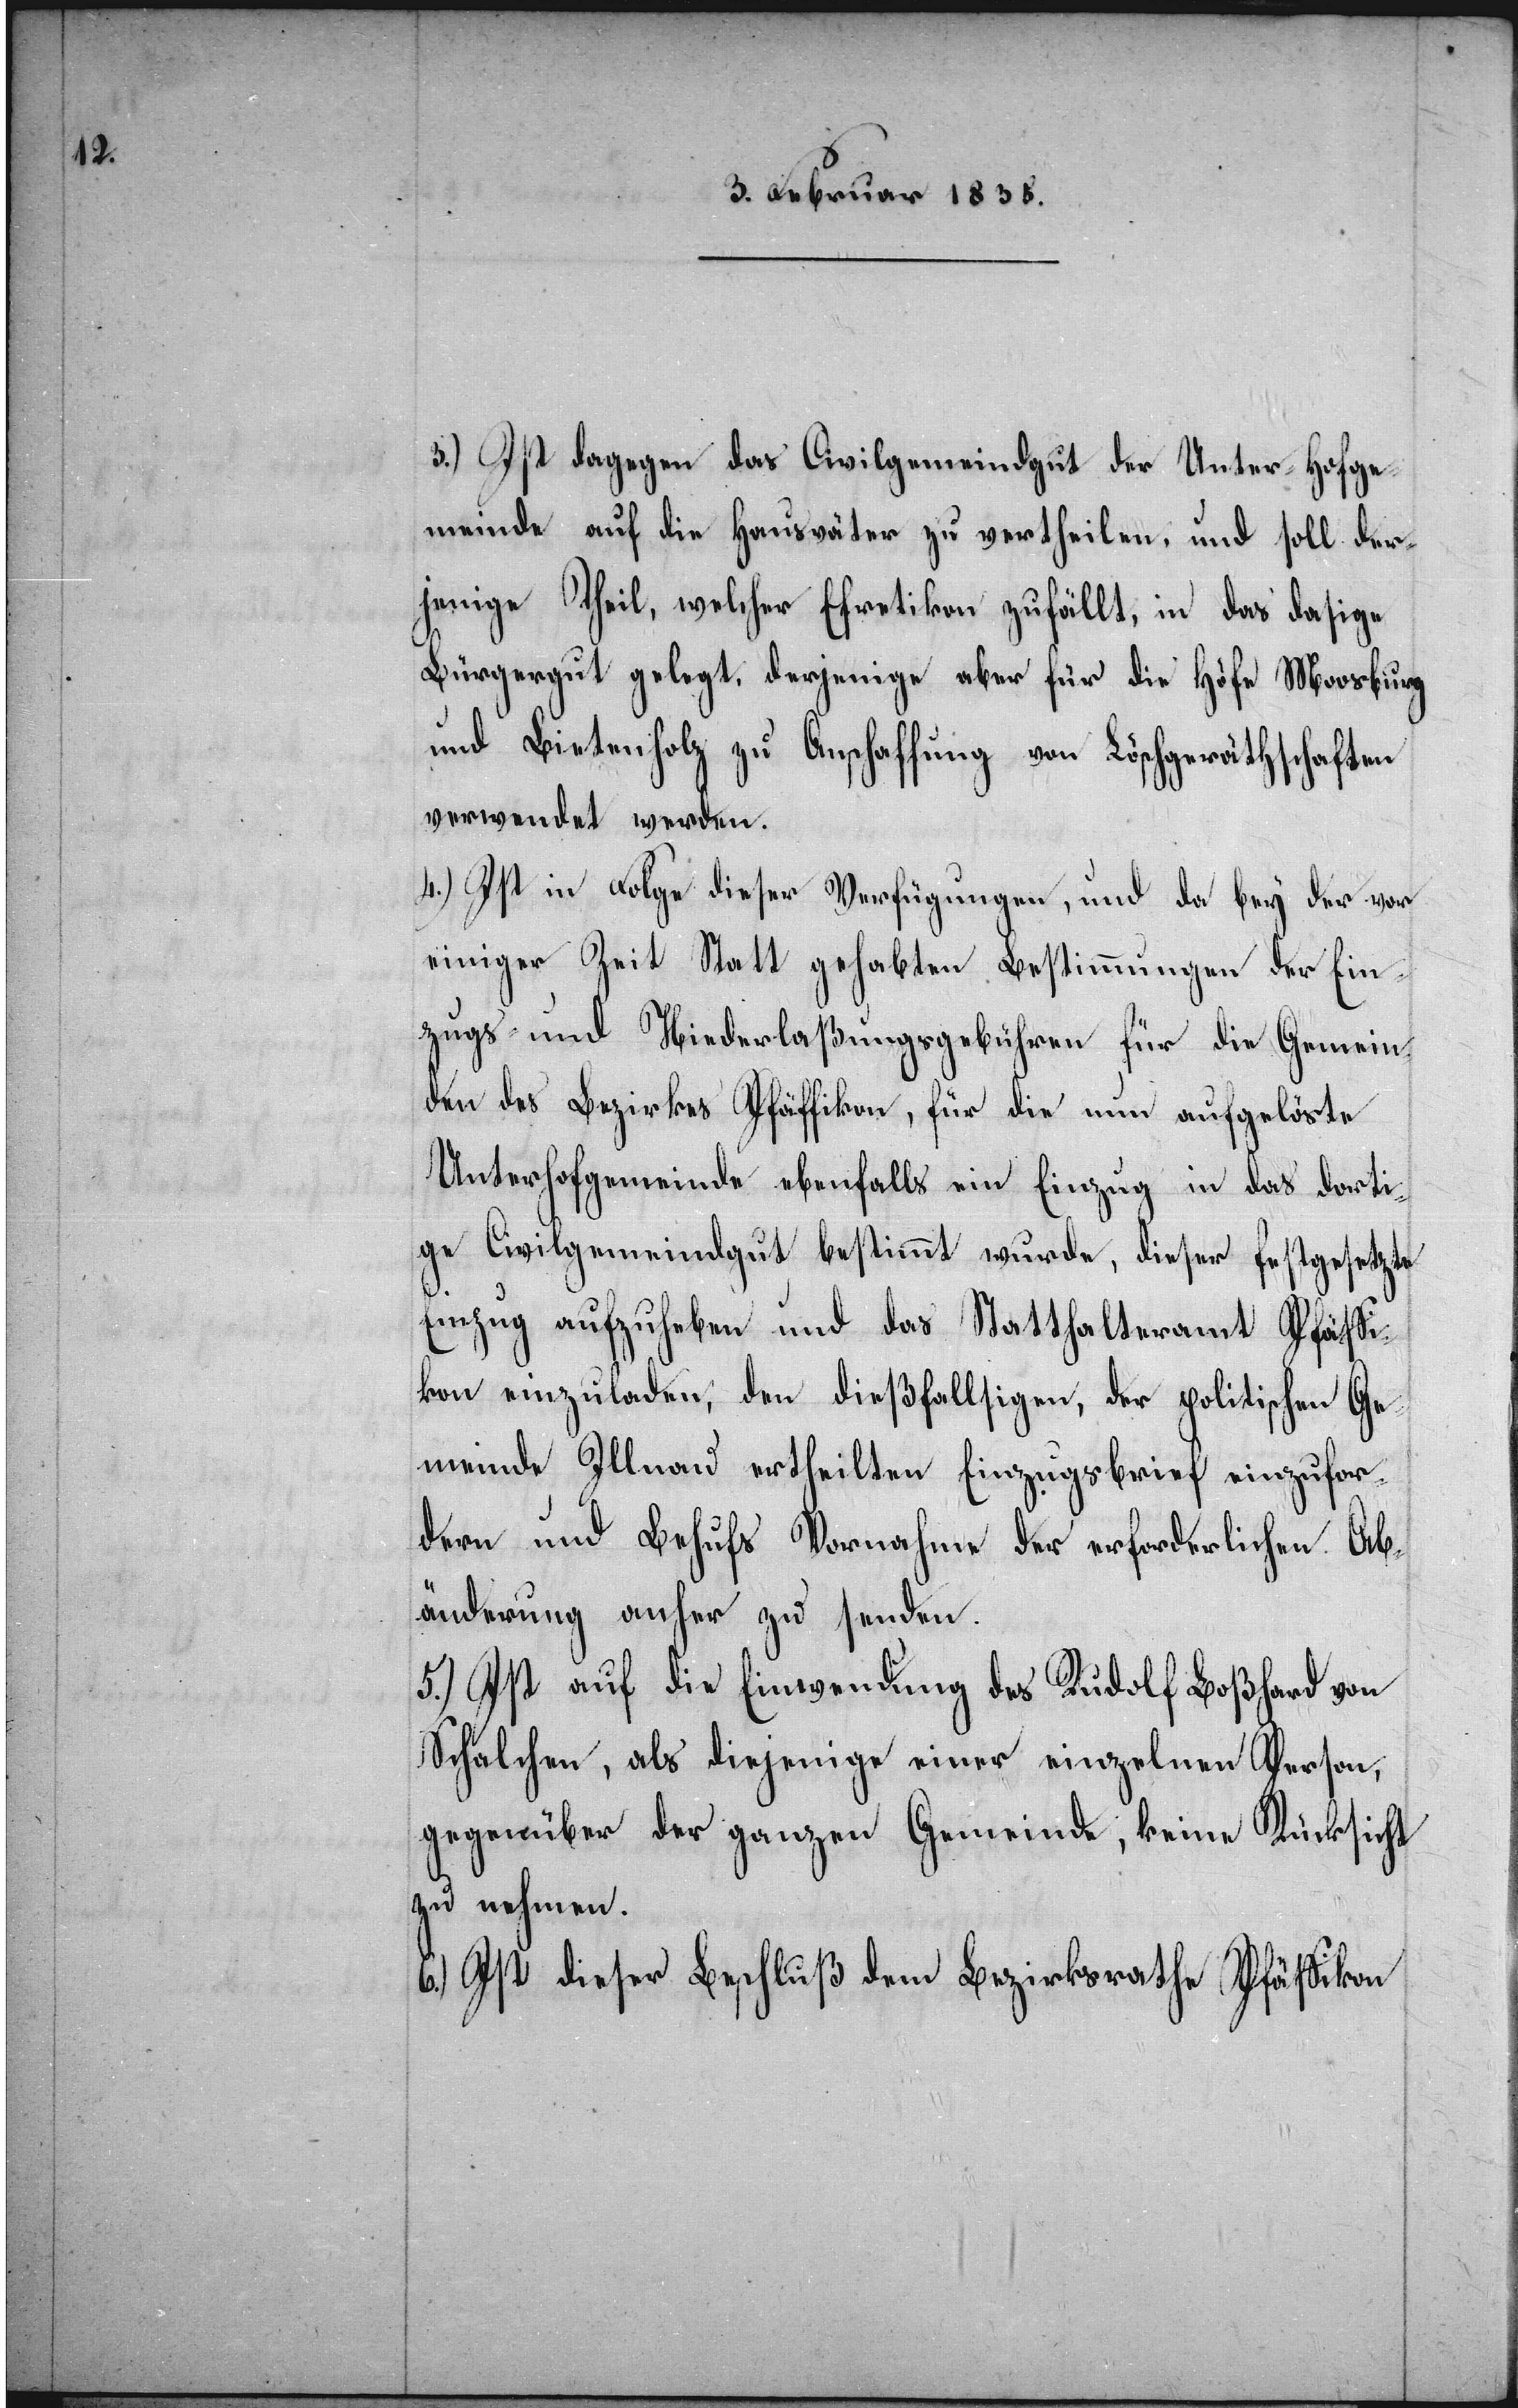
3.) Ist dagegen das Civilgemeindgut der Unter-Hofge¬
meinde auf die Hausväter zu vertheilen, und soll der¬
jenige Theil, welcher Efretikon zufällt, in das dasige
Bürgergut gelegt, derjenige aber für die Höfe Moosburg
und Bietenholz zu Anschaffung von Löschgeräthschaften
verwendet werden.
4.) Ist in Folge dieser Verfügungen, und da bey der vor
einiger Zeit Statt gehabten Bestimmungen der Ein¬
zugs- und Niederlaßungsgebühren für die Gemein¬
den des Bezirkes Pfäffikon, für die nun aufgelöste
Unterhofgemeinde ebenfalls ein Einzug in das dorti¬
ge Civilgemeindgut bestimmt wurde, dieser festgesetzte
Einzug aufzuheben und das Statthalteramt Pfäffi¬
kon einzuladen, den dießfälligen, der politischen Ge¬
meinde Illnau ertheilten Einzugsbrief einzufor¬
dern und Behufs Vornahme der erforderlichen Ab¬
änderung anher zu senden.
5.) Ist auf die Einwendung des Rudolf Boßhard von
Schalchen, als diejenige einer einzelnen Person,
gegenüber der ganzen Gemeinde, keine Rücksicht
zu nehmen.
6.) Ist dieser Beschluß dem Bezirksrathe Pfäffikon